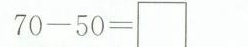
$$7 0 -5 0 = \Box$$